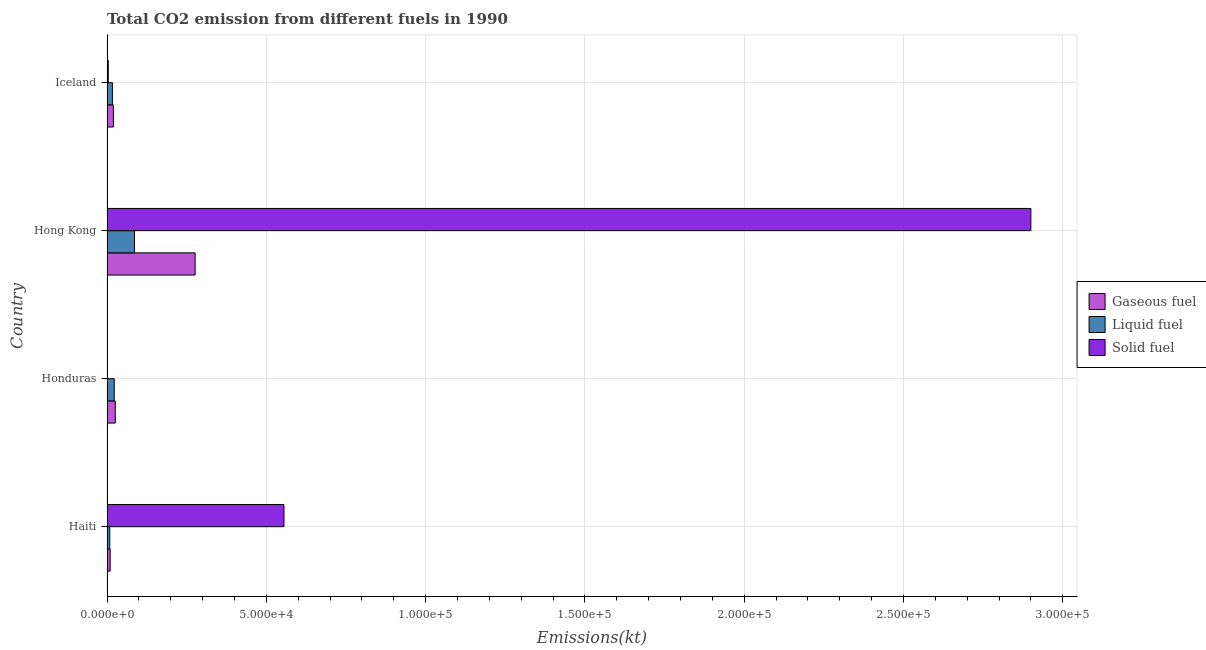
| Country | Gaseous fuel | Liquid fuel | Solid fuel |
 | --- | --- | --- | --- |
 | Haiti | 994 | 862 | 5.56e+04 |
 | Honduras | 2.59e+03 | 2.27e+03 | 139 |
 | Hong Kong | 2.77e+04 | 8.63e+03 | 2.9e+05 |
 | Iceland | 2e+03 | 1.69e+03 | 403 |